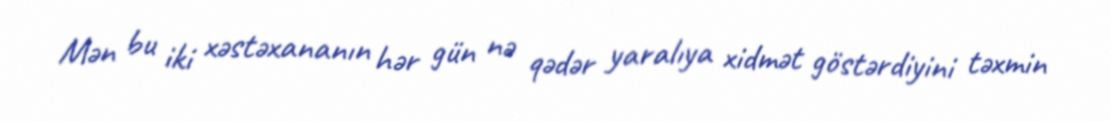
Mən bu iki xəstəxananın hər gün nə qədər yaralıya xidmət göstərdiyini təxmin